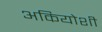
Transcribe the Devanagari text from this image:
अकियोशी